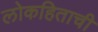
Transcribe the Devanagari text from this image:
लोकहिताची